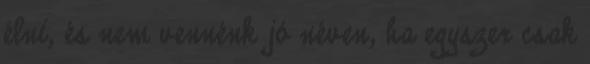
élni, és nem vennénk jó néven, ha egyszer csak